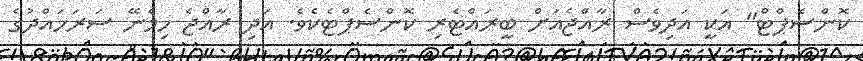
ކޮންސެޕްޓް" އަކީ އަދިވެސް ރާއްޖެއަށް ބީރައްޓެރި ކޮންސެޕްޓެކެވެ. އަދި ރާއްޖެ ހިމެނޭ ސަރަހައްދުގެ